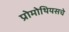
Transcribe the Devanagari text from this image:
प्रोमोथियसचे